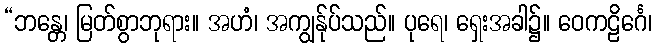
“ဘန္တေ၊ မြတ်စွာဘုရား။ အဟံ၊ အကျွန်ုပ်သည်။ ပုရေ၊ ရှေးအခါ၌။ ဝေကဠိင်္ဂေ၊